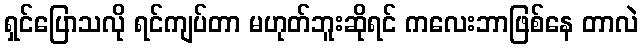
ရှင်ပြောသလို ရင်ကျပ်တာ မဟုတ်ဘူးဆိုရင် ကလေးဘာဖြစ်နေ တာလဲ